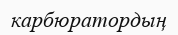
карбюратордың